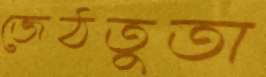
জেঠতুতা